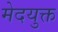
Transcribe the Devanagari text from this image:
मेदयुक्त